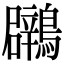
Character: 鸊